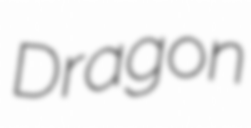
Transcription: Dragon